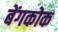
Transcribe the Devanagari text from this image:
बेंगकोक